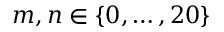
m , n \in \{ 0 , \ldots , 2 0 \}